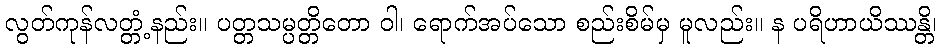
လွတ်ကုန်လတ္တံ့နည်း။ ပတ္တသမ္ပတ္တိတော ဝါ၊ ရောက်အပ်သော စည်းစိမ်မှ မူလည်း။ န ပရိဟာယိဿန္တိ၊